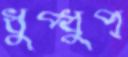
ধুপ্‌ধুপ্‌